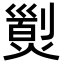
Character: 𤎁